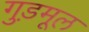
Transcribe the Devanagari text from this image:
गुड़मूल